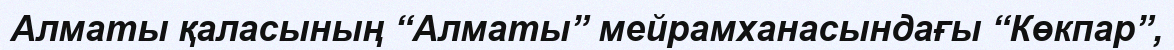
Алматы қаласының “Алматы” мейрамханасындағы “Көкпар”,